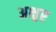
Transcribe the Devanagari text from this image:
अक्ष्रर